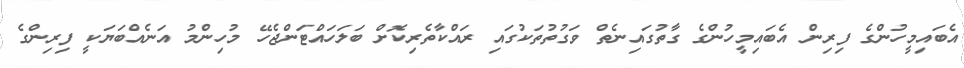
އެބައިމީހުންގެ ފިރިން އެބައިމީހުންގެ ގާތުގައިނެތް ވަގުތުތަކުގައި ރައްކާތެރިކޮށް ބަލަހައްޓަންޖެހޭ މުހިންމު އަނެއްބަޔަކީ ފިރިންގެ